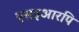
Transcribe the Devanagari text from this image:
एसइआरपि